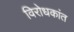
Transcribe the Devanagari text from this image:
विरोधकांत